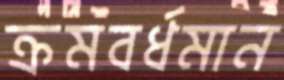
ক্রমবর্ধমান